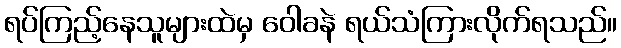
ရပ်ကြည့်နေသူများထဲမှ ဝေါခနဲ ရယ်သံကြားလိုက်ရသည်။